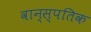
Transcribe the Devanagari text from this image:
वान्स्पतिक